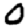
Digit: 0